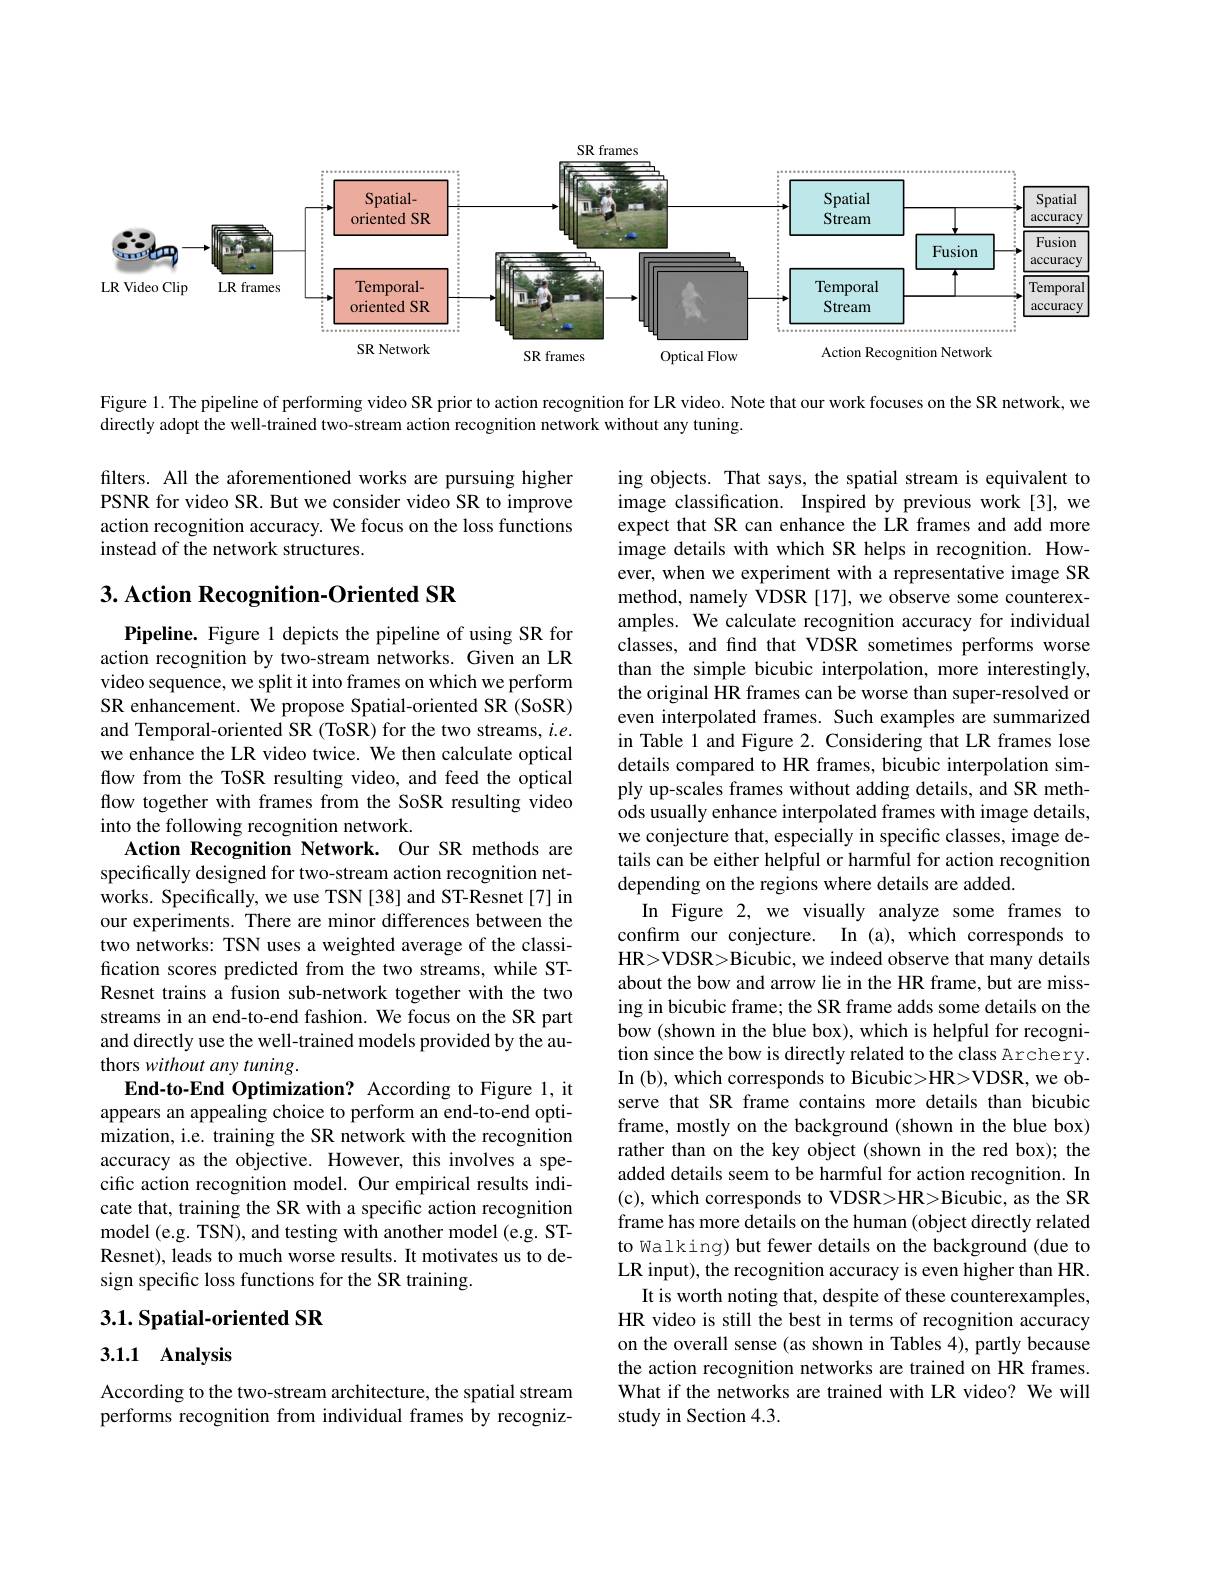
<FigureHere>

Figure 1. The pipeline of performing video SR prior to action recognition for LR video. Note that our work focuses on the SR network, we

directly adopt the well-trained two-stream action recognition network without any tuning

filters. All the aforementioned works are pursuing higher PSNR for video SR. But we consider video SR to improve action recognition accuracy. We focus on the loss functions instead of the network structures.

## 3. Action Recognition-Oriented SR

ing objects. That says, the spatial stream is equivalent to image classification. Inspired by previous work [3], we expect that SR can enhance the LR frames and add more image details with which SR helps in recognition. However, when we experiment with a representative image SR method, namely VDSR [17], we observe some counterexamples. We calculate recognition accuracy for individual classes, and find that VDSR sometimes performs worse than the simple bicubic interpolation, more interestingly, the original HR frames can be worse than super-resolved or even interpolated frames. Such examples are summarized in Table 1 and Figure 2. Considering that LR frames lose details compared to HR frames, bicubic interpolation simply up-scales frames without adding details, and SR methods usually enhance interpolated frames with image details, we conjecture that, especially in specific classes, image details can be either helpful or harmful for action recognition depending on the regions where details are added.
In Figure 2, we visually analyze some frames to confırm our conjecture. In (a), which corresponds to HR>VDSR>Bicubic, we indeed observe that many details about the bow and arrow lie in the HR frame, but are missing in bicubic frame; the SR frame adds some details on the bow (shown in the blue box), which is helpful for recognition since the bow is directly related to the class Archery. In (b), which corresponds to Bicubic>HR>VDSR, we observe that SR frame contains more details than bicubic frame, mostly on the background (shown in the blue box) rather than on the key object (shown in the red box); the added details seem to be harmful for action recognition. In (c), which corresponds to VDSR>HR>Bicubic, as the SR frame has more details on the human (object directly related to Walking) but fewer details on the background (due to LR input), the recognition accuracy is even higher than HR.
It is worth noting that, despite of these counterexamples, HR video is still the best in terms of recognition accuracy on the overall sense (as shown in Tables 4), partly because the action recognition networks are trained on HR frames. What if the networks are trained with LR video? We will study in Section 4.3.

Pipeline. Figure 1 depicts the pipeline of using SR for action recognition by two-stream networks. Given an LR video sequence, we split it into frames on which we perform SR enhancement. We propose Spatial-oriented SR (SoSR) and Temporal-oriented SR (ToSR) for the two streams, $i.e.$ we enhance the LR video twice. We then calculate optical flow from the ToSR resulting video, and feed the optical flow together with frames from the SoSR resulting video into the following recognition network.
Action Recognition Network. Our SR methods are specifically designed for two-stream action recognition networks. Specifically, we use TSN[38] and ST-Resnet[7] in our experiments. There are minor differences between the two networks: TSN uses a weighted average of the classification scores predicted from the two streams, while STResnet trains a fusion sub-network together with the two streams in an end-to-end fashion. We focus on the SR part and directly use the well-trained models provided by the authors without any tuning.
End-to-End Optimization? According to Figure 1, it appears an appealing choice to perform an end-to-end optimization, i.e. training the SR network with the recognition accuracy as the objective. However, this involves a specific action recognition model. Our empirical results indicate that, training the SR with a specific action recognition model (e.g. TSN), and testing with another model (e.g. STResnet), leads to much worse results. It motivates us to design specific loss functions for the SR training.

## 3.1. Spatial-oriented SR

## 3.1.1 Analysis

According to the two-stream architecture, the spatial stream performs recognition from individual frames by recogniz-